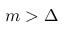
m > \Delta